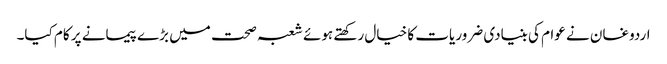
اردوغان نے عوام کی بنیادی ضروریات کا خیال رکھتے ہوئے شعبہ صحت میں بڑے پیمانے پر کام کیا۔